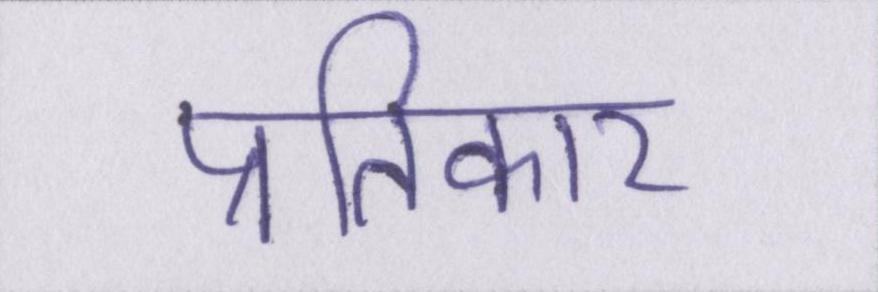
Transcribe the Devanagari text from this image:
प्रतिकार